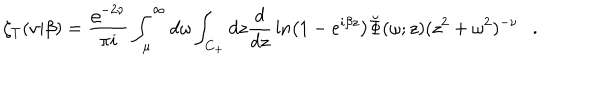
LaTeX: \zeta _ { T } ( \nu | \beta ) = { \frac { \varrho ^ { - 2 \nu } } { \pi i } } \int _ { \mu } ^ { \infty } d \omega \int _ { C _ { + } } d z { \frac { d } { d z } } \ln \left( 1 - e ^ { i \beta z } \right) \breve { \Phi } ( \omega ; z ) ( z ^ { 2 } + \omega ^ { 2 } ) ^ { - \nu } .